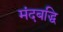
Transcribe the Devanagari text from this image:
मंदबद्धि